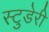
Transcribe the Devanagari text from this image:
स्टुडेरी